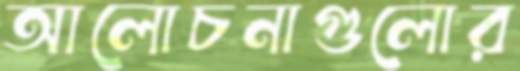
আলোচনাগুলোর